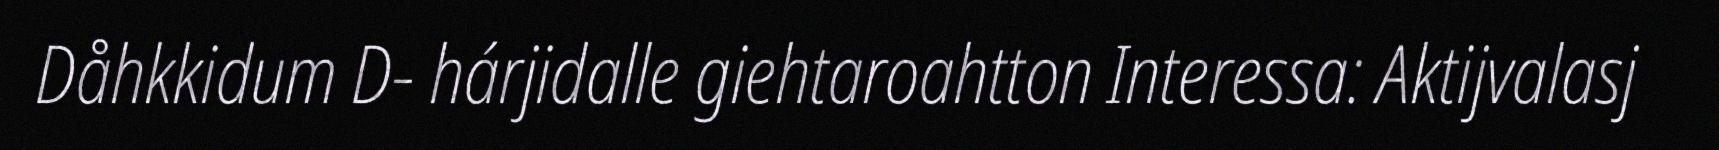
Dåhkkidum D- hárjidalle giehtaroahtton Interessa: Aktijvalasj